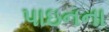
પાઇનના